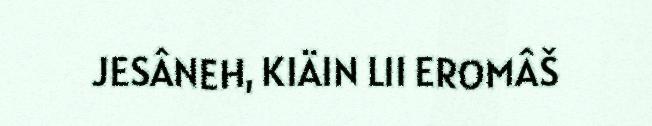
JESÂNEH, KIÄIN LII EROMÂŠ